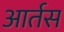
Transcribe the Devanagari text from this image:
आर्तस